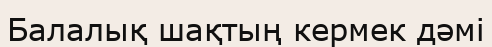
Балалық шақтың кермек дәмі